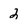
Character: 2